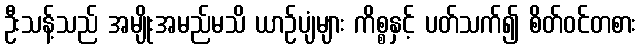
ဦးသန့်သည် အမျိုးအမည်မသိ ယာဉ်ပျံများ ကိစ္စနှင့် ပတ်သက်၍ စိတ်ဝင်တစား